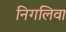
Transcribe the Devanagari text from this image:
निगलिवा